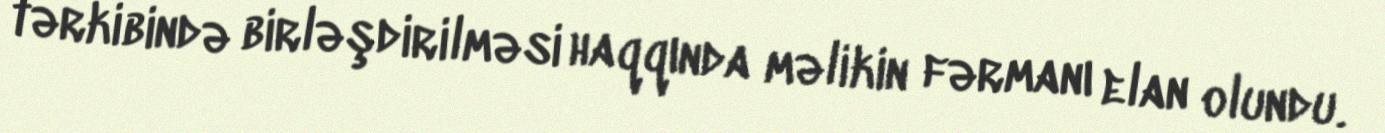
tərkibində birləşdirilməsi haqqında məlikin fərmanı elan olundu.